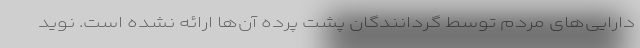
دارایی‌های مردم توسط گردانندگان پشت پرده آن‌ها ارائه نشده است. نوید